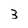
Character: 3